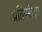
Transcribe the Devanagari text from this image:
प्रतिपरीक्षा